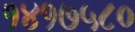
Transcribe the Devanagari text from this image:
१४१७५८०